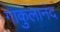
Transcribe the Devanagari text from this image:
गाकुलानंद